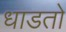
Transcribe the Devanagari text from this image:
धाडतो